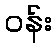
ဝန်း